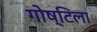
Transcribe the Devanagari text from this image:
गोष्टिला